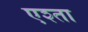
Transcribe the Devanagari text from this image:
एश्ता